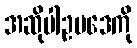
အဆိုပါဥပဒေကို